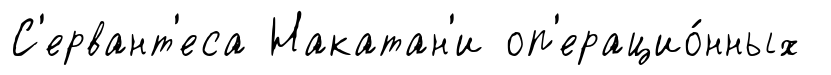
С'ервант'еса Накатан'и оп'ерацио́нных